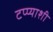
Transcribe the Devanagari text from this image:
टप्प्याशी